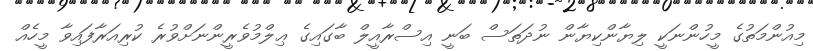
މިއުންމަތުގެ މީހުންނަކީ ލިޔާންކިޔާން ނުދަތަސް ބަނީ އިސްރާއީލް ބާގައިގެ ޢިލްމުވެރީންނަށްވުރެ ކުރިއަރާފައިވާ މީހެއް